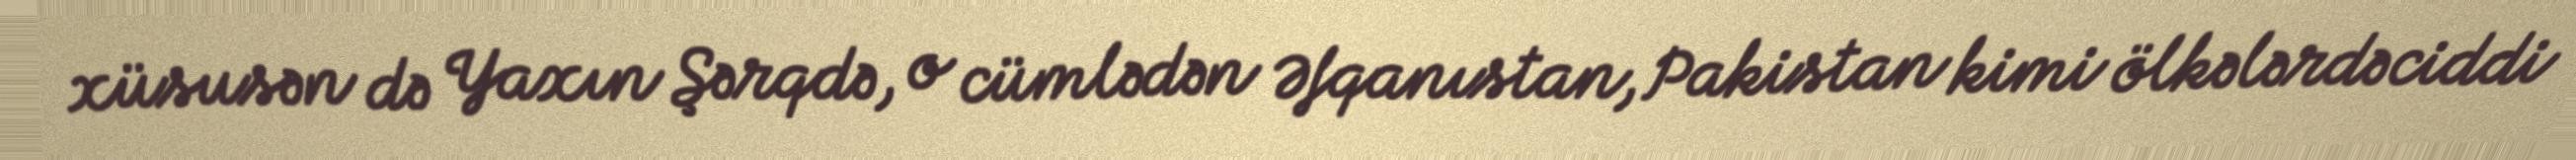
xüsusən də Yaxın Şərqdə, o cümlədən Əfqanıstan, Pakistan kimi ölkələrdə ciddi